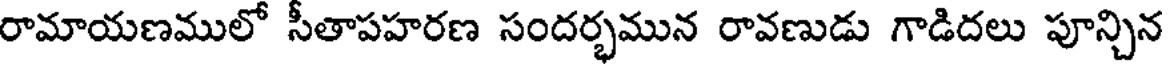
రామాయణములో సీతాపహరణ సందర్భమున రావణుడు గాడిదలు పూన్చిన